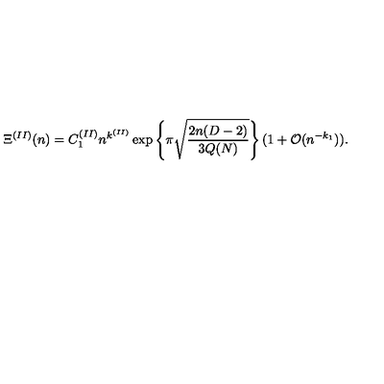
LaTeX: \Xi ^ { ( I I ) } ( n ) = C _ { 1 } ^ { ( I I ) } n ^ { k ^ { ( I I ) } } \exp \left\{ \pi \sqrt { \frac { 2 n ( D - 2 ) } { 3 Q ( N ) } } \right\} ( 1 + { \mathcal O } ( n ^ { - k _ { 1 } } ) ) \mathrm { . }